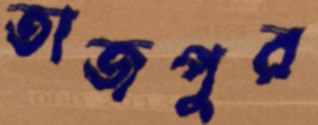
তাজপুর